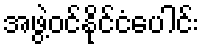
အဖွဲ့ဝင်နိုင်ငံပေါင်း